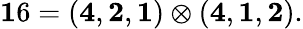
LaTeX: {\mathbf 16}=({\mathbf 4},{\mathbf 2},{\mathbf 1})\otimes({\mathbf 4},{\mathbf 1},{\mathbf 2}).